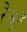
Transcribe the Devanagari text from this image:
रेवाँ